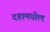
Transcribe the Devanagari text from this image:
दहामधील